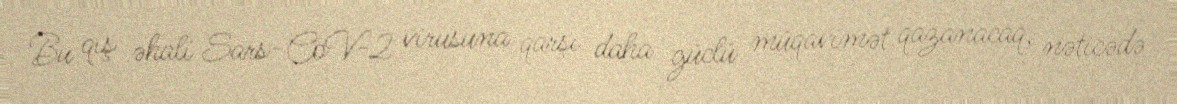
Bu qış əhali Sars-CoV-2 virusuna qarşı daha güclü müqavimət qazanacaq, nəticədə